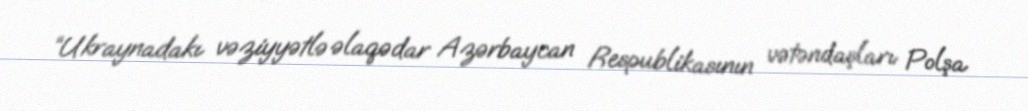
“Ukraynadakı vəziyyətlə əlaqədar Azərbaycan Respublikasının vətəndaşları Polşa